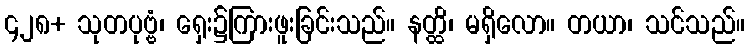
၄၂၈+ သုတပုဗ္ဗံ၊ ရှေး၌ကြားဖူးခြင်းသည်။ နတ္ထိ၊ မရှိလော။ တယာ၊ သင်သည်။